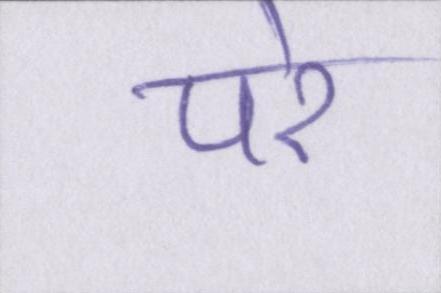
परे